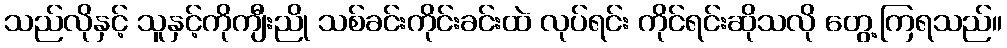
သည်လိုနှင့် သူနှင့်ကိုကျီးညို သစ်ခင်းကိုင်းခင်းထဲ လုပ်ရင်း ကိုင်ရင်းဆိုသလို တွေ့ကြရသည်။